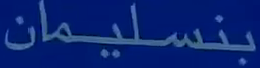
بنسليمان